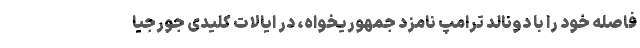
فاصله خود را با دونالد ترامپ نامزد جمهوریخواه، در ایالات کلیدی جورجیا